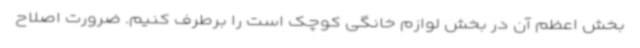
بخش اعظم آن در بخش لوازم خانگی کوچک است را برطرف کنیم. ضرورت اصلاح